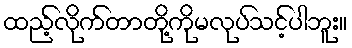
ထည့်လိုက်တာတို့ကိုမလုပ်သင့်ပါဘူး။